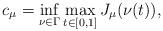
LaTeX: \begin{align*} c_{\mu}=\inf\limits_{\nu\in\Gamma}\max\limits_{t\in[0,1]}J_{\mu}(\nu(t)), \end{align*}